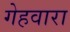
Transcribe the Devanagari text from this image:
गेहवारा